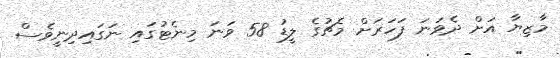
މާޒިޔާ އަށް ދެވަނަ ފަހަރަށް މެޗުގެ ލީޑު 58 ވަނަ މިނެޓުގައި ނަގައިދިނީވެސް